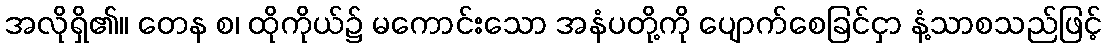
အလိုရှိ၏။ တေန စ၊ ထိုကိုယ်၌ မကောင်းသော အနံပတို့ကို ပျောက်စေခြင်ငှာ နံ့သာစသည်ဖြင့်